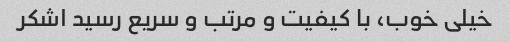
خیلی خوب، با کیفیت و مرتب و سریع رسید اشکر